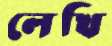
লেখি